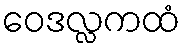
ဝေဒလ္လကထံ